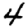
Digit: 4